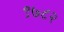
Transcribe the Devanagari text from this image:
९७८२